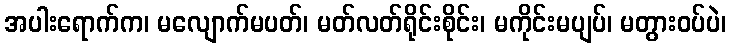
အပါးရောက်က၊ မလျောက်မပတ်၊ မတ်လတ်ရိုင်းစိုင်း၊ မကိုင်းမပျပ်၊ မတွားဝပ်ပဲ၊